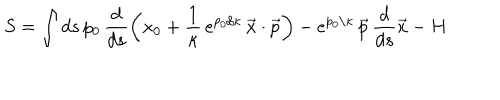
S = \int d s \, p _ { 0 } \, \frac { d } { d s } \left( x _ { 0 } + \frac 1 \kappa \, e ^ { p _ { 0 } / \kappa } \, \vec { x } \cdot \vec { p } \right) - e ^ { p _ { 0 } / \kappa } \, \vec { p } \, \frac { d } { d s } \vec { x } - H